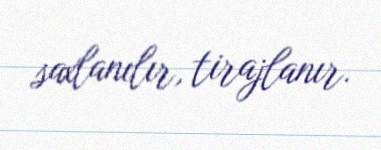
saxlanılır, tirajlanır.